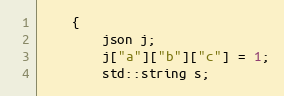
Language: C++
    {
        json j;
        j["a"]["b"]["c"] = 1;
        std::string s;